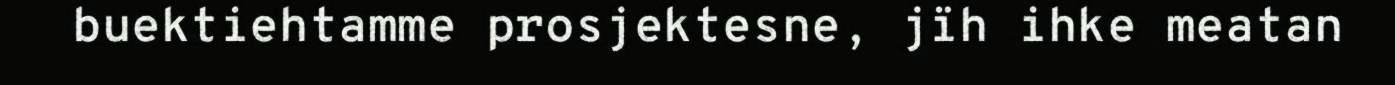
buektiehtamme prosjektesne, jïh ihke meatan